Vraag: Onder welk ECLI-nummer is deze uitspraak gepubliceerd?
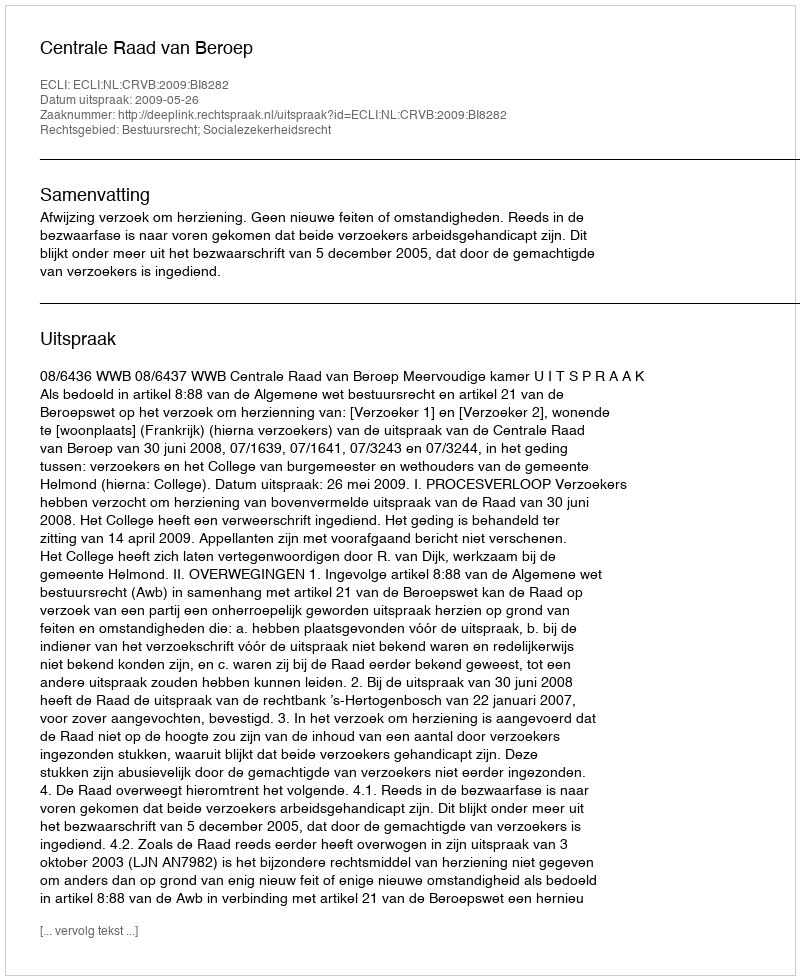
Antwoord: ECLI:NL:CRVB:2009:BI8282